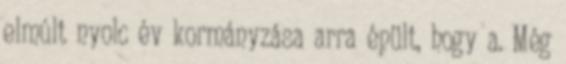
elmúlt nyolc év kormányzása arra épült, hogy a. Még